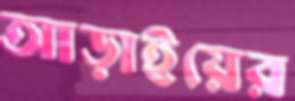
আড়াইয়ের